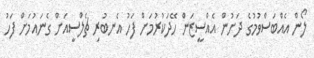
ލޯން އެއްބަސްވުމުގެ ދަށުން އެއްސީޒަން ހޭދަކުރުމަށް ފަހު އެނބުރި ޗެލްސީއަށް ގެނައުމަށް ފަހު